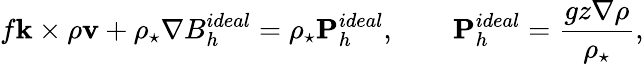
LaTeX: f{\mathbf k}\times\rho{\mathbf v}+\rho_{\star}\nabla B_{h}^{ideal}=\rho_{\star}{\mathbf P}_{h}^{ideal},\qquad{\mathbf P}_{h}^{ideal}=\frac{gz\nabla\rho}{\rho_{\star}},